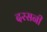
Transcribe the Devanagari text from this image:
दरसनी